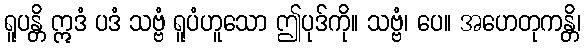
ရူပန္တိ ဣဒံ ပဒံ သဗ္ဗံ ရူပံဟူသော ဤပုဒ်ကို။ သဗ္ဗံ၊ ပေ။ အဟေတုကန္တိ၊